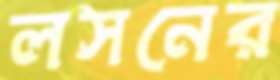
লসনের